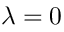
\lambda = 0